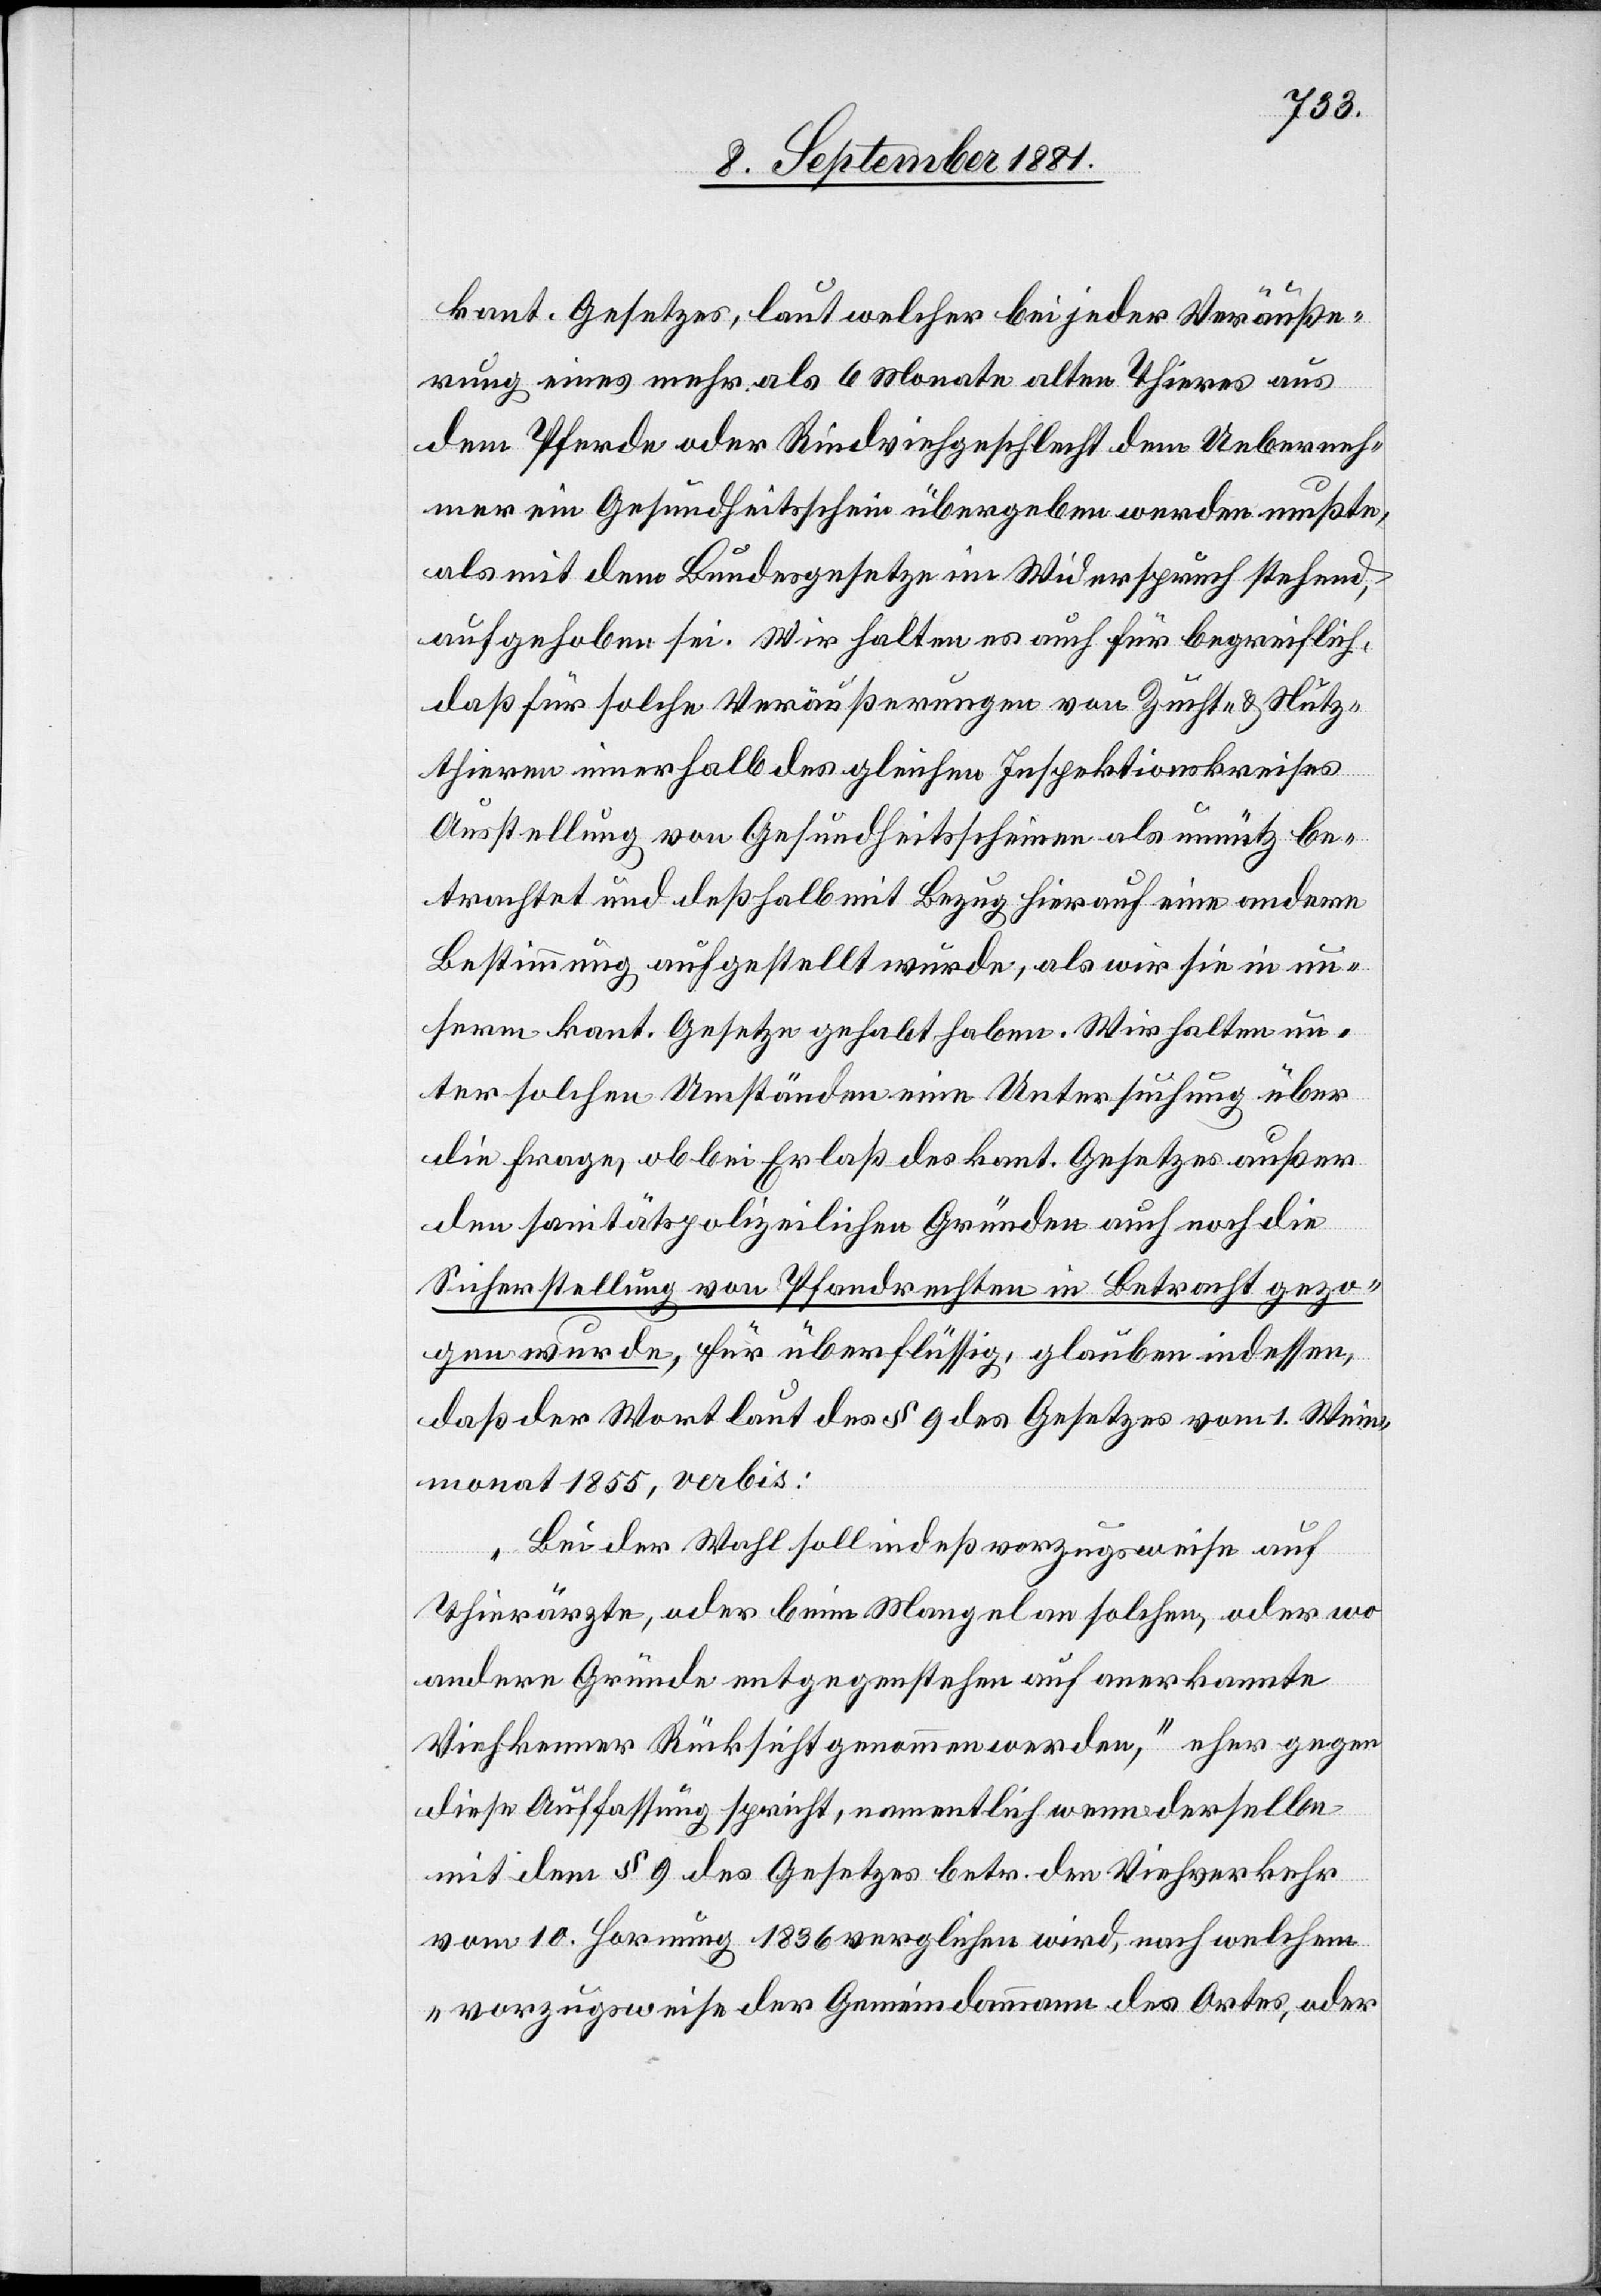
kant. Gesetzes, laut welcher bei jeder Veräuße¬
rung eines mehr als 6 Monate alten Thieres aus
dem Pferde oder Rindviehgeschlecht dem Ueberneh¬
mer ein Gesundheitsschein übergeben werden mußte,
als mit dem Bundesgestze im Widerspruch stehend,
aufgehoben sei. Wir halten es auch für begreiflich,
daß für solche Veräußerungen von Zucht- & Nutz¬
thieren innerhalb des gleichen Inspektionskreises
Ausstellung von Gesundheitsscheinen als unnütz be¬
trachtete und deßhalb mit Bezug hierauf eine andere
Bestimmung aufgestellt würde, als wir sie in un¬
serm kant. Gesetze gehabt haben. Wir halten un¬
ter solchen Umständen eine Untersuchung über
die Frage, ob bei Erlaß des kant. Gesetzes außer
den sanitärpolizeilichen Gründen auch noch die
Sicherstellung von Pfandrechten in Betracht gezo¬
gen wurde, für überflüssig, glauben indessen,
daß der Wortlaut des § 9 des Gesetzes vom 1. Wein¬
monat 1855, verbis:
„Bei der Wahl soll indeß vorzugsweise auf
Thierärzte, oder beim Mangel an solchen, oder wo
andere Gründe entgegenstehen auf anerkannte
Viehkenner Rücksicht genommen werden,“ eher gegen
diese Auffassung spricht, namentlich wenn derselbe
mit dem § 9 des Gesetzes betr. den Viehverkehr
vom 10. Hornung 1836 verglichen wird, nach welchem
„vorzugsweise der Gemeindammann des Ortes, oder